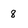
Character: 8